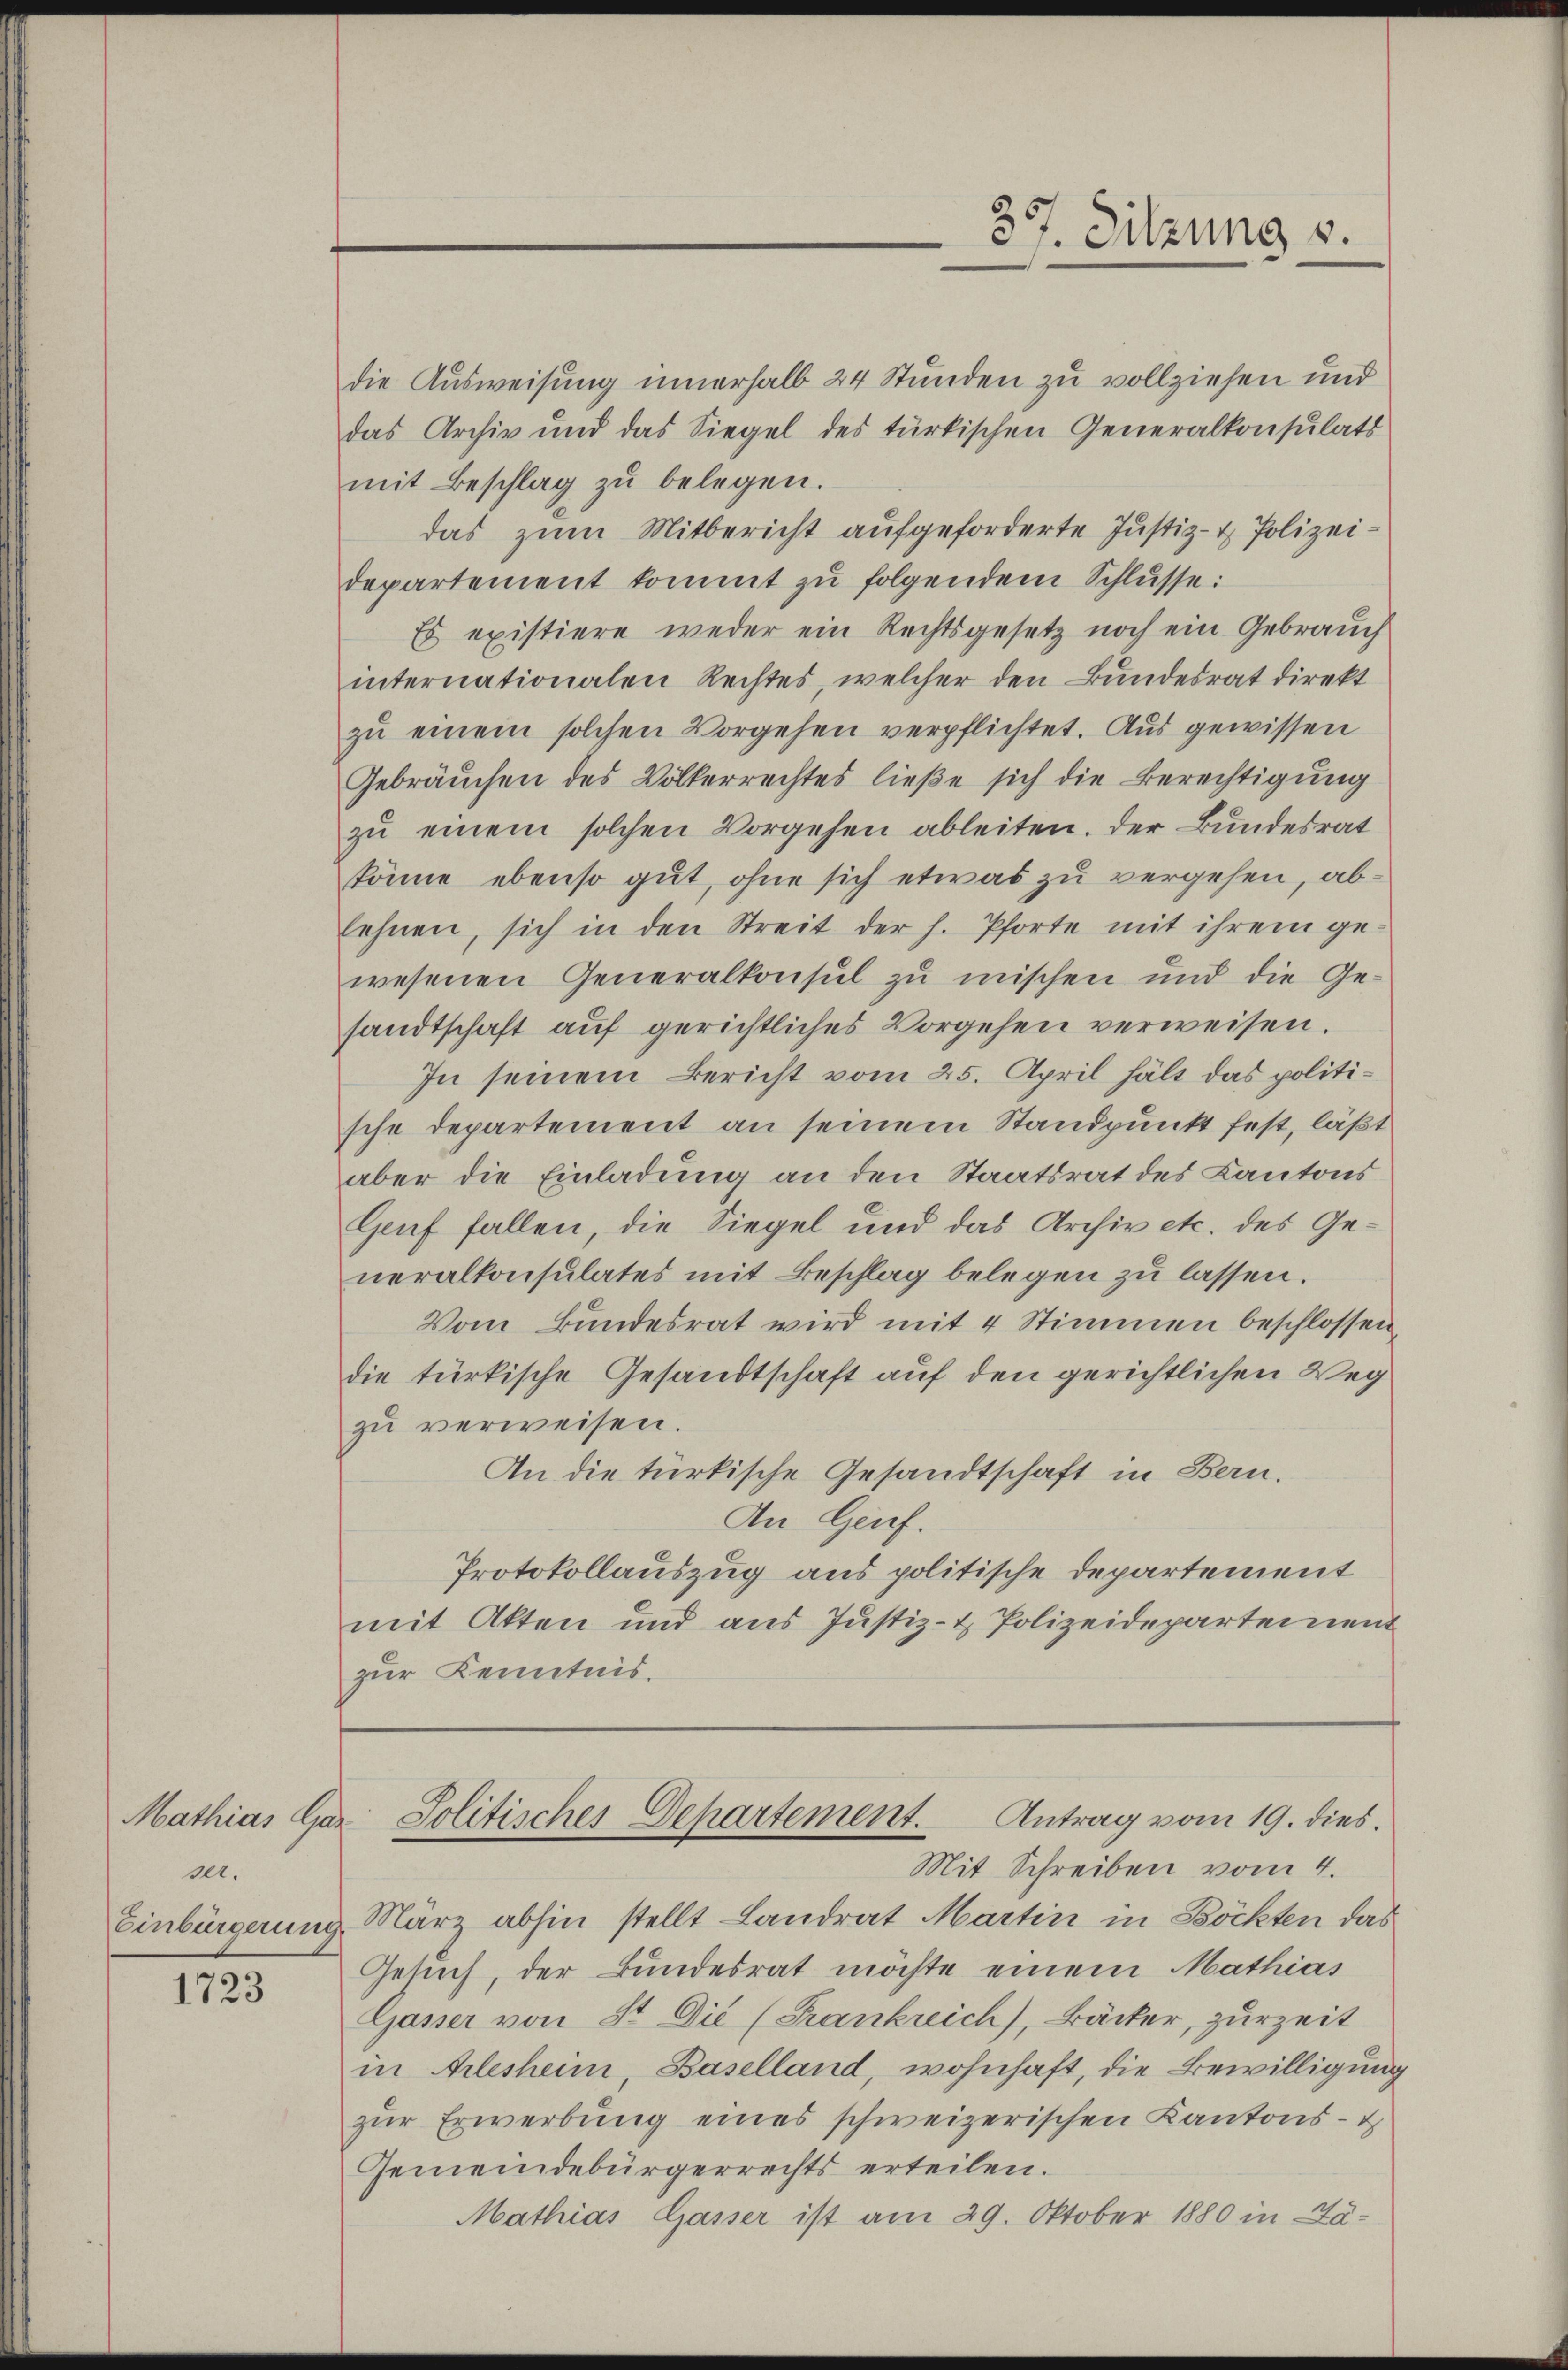
ser.

1723

37. Sitzung 8.

die Ausweisung innerhalb 24 Stunden zu vollziehen und
das Archiv und das Siegel des türkischen Generalkonsulats
mit Beschlag zu belegen.
das zum Mitbericht aufgeforderte Justiz- & Polizeidepartement kommt zu folgendem Schlusse:
Es existiere weder ein Rechtsgesetz noch ein Gebrauch
internationalen Rechtes, welcher den Bundesrat direkt
zu einem solchen Vorgehen verpflichtet. Aus gewissen
Gebräuchen des Völkerrechtes ließe sich die Berechtigung
zŭ einem solchen Vorgehen ableiten. Der Bundesrat
könne ebenso gut, ohne sich etwas zu vergehen, ablehnen, sich in den Streit der h. Pforte mit ihrem ge-
wesenen Generalkonsul zu mischen und die Ge-
sandtschaft auf gerichtliches Vorgehen verweisen.
In seinem Bericht vom 25. April hält das politische Departement an seinem Standpunkt fest, läßt
aber die Einladung an den Staatsrat des Kantons
Genf fallen, die Siegel und das Archiv etc. des Generalkonsulates mit Beschlag belegen zu lassen.
Vom Bundesrat wird mit 4 Stimmen beschlossen
die türkische Gesandtschaft auf den gerichtlichen Weg
zŭ verweisen.
An die türkische Gesandtschaft in Bern.
An Genf.
Protokollauszug aus politische Departement
mit Akten und aus Justiz- & Polizeidepartement
zur Kenntnis.

Antrag vom 19. dies.
Mathias Gar Politisches Departement.
Mit Schreiben vom 4.

Einbürgerung März abhin stellt Landrat Martin in Böckten das
Gesuch, der Bundesrat möchte einem Mathias
Gasser von St. Die (Frankreich), Bäcker, zurzeit
in Arlesheim, Baselland, wohnhaft, die Bewilligung
zŭr Erwerbung eines schweizerischen Kantons- u.
Gemeindebürgerrechts erteilen.
Mathias Gasser ist am 29. Oktober 1880 in La¬